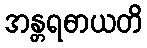
အန္တရဓာယတိ